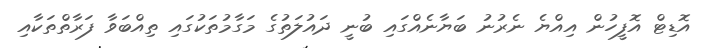
އޮޑިޓް އޮފީހުން އިއްޔެ ނެރުނު ބަޔާނެއްގައި ބުނީ ދައުލަތުގެ މަގާމުތަކުގައި ތިއްބަވާ ފަރާތްތަކާއި